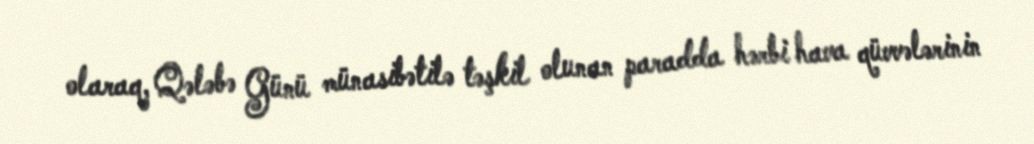
olaraq, Qələbə Günü münasibətilə təşkil olunan paradda hərbi hava qüvvələrinin